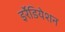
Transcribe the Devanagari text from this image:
इर्रेडियेशन